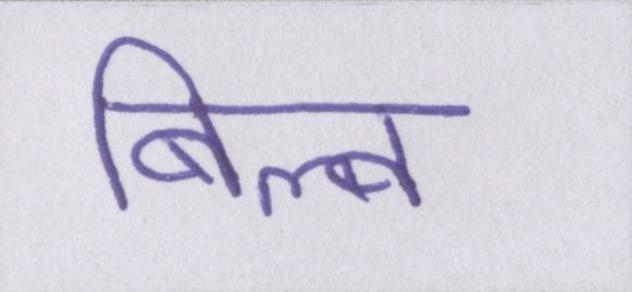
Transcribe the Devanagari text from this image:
बिल्व